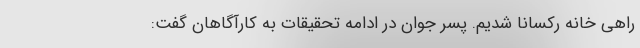
راهی خانه رکسانا شدیم. پسر جوان در ادامه تحقیقات به کارآگاهان گفت: